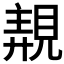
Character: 𧡗